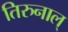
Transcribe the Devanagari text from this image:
तिरुनाल्